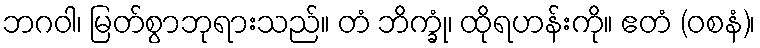
ဘဂဝါ၊ မြတ်စွာဘုရားသည်။ တံ ဘိက္ခုံ၊ ထိုရဟန်းကို။ ဧတံ (ဝစနံ)၊